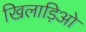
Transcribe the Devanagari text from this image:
खिलाड़िओ